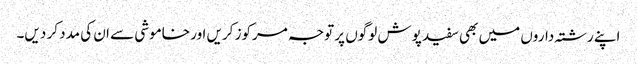
اپنے رشتہ داروں میں بھی سفید پوش لوگوں پر توجہ مرکوز کریں اور خاموشی سے ان کی مدد کر دیں۔